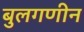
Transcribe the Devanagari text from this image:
बुलगणीन